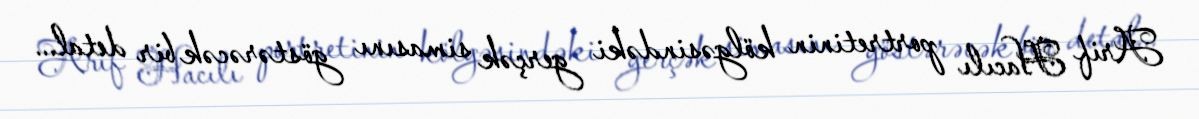
Arif Hacılı portretinin kölgəsindəki gerçək simasını göstərəcək bir detal...